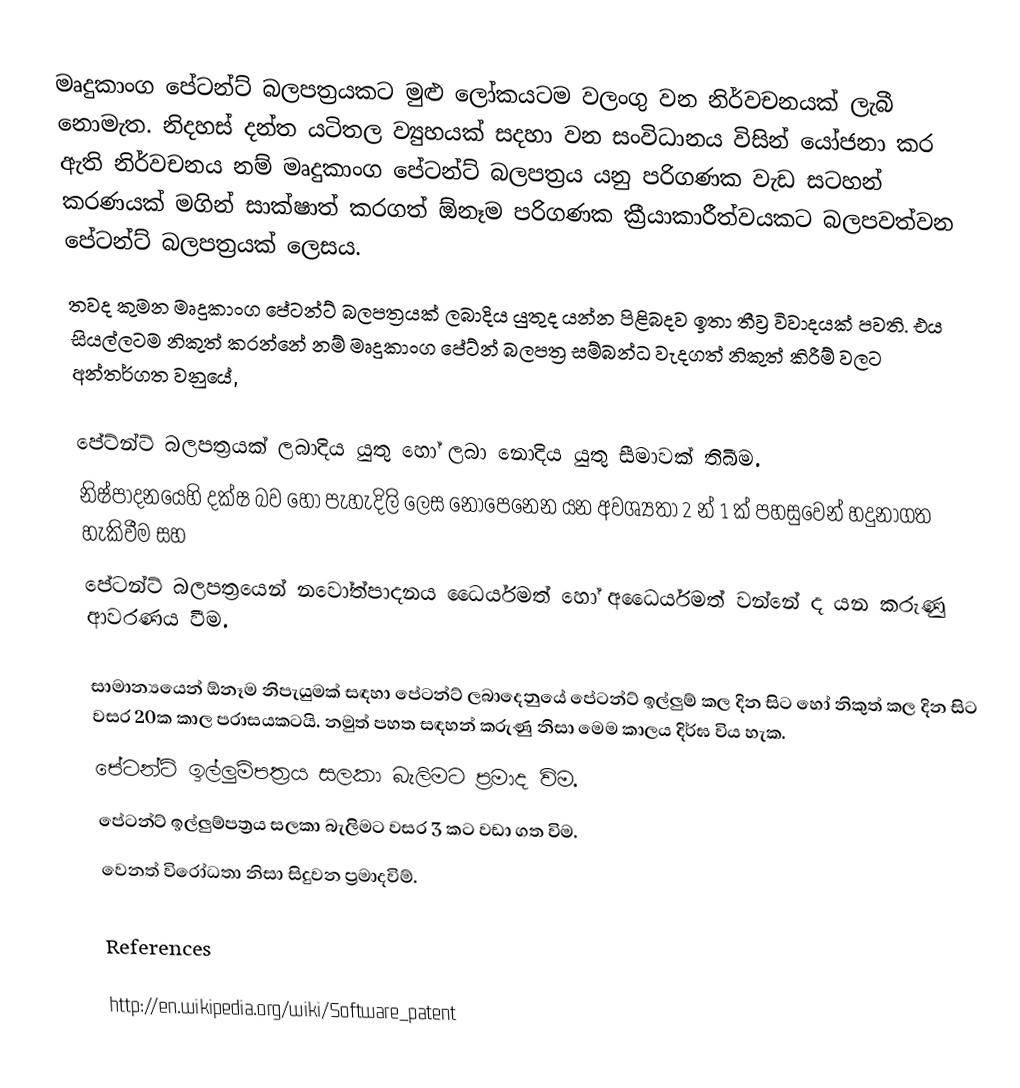
මෘදුකාංග පේටන්ට් බලපත්‍රයකට මුළු ලෝකයටම වලංගු වන නිර්වචනයක් ලැබී නොමැත. නිදහස් දන්ත යටිතල ව්‍යුහයක් සදහා වන සංවිධානය විසින් යෝජනා කර ඇති නිර්වචනය නම් මෘදුකාංග පේටන්ට් බලපත්‍රය යනු පරිගණක වැඩ සටහන් කරණයක් මගින් සාක්ෂාත් කරගත් ඕනෑම පරිගණක ක්‍රීයාකාරීත්වයකට බලපවත්වන පේටන්ට් බලපත්‍රයක් ලෙසය.
තවද කුමන මෘදුකාංග පේටන්ට් බලපත්‍රයක් ලබාදිය යුතුද යන්න පිළිබදව ඉතා තීව්‍ර විවාදයක් පවති. එය සියල්ලටම නිකුත් කරන්නේ නම් මෘදුකාංග පේට්න් බලපත්‍ර සම්බන්ධ වැදගත් නිකුත් කිරීම් වලට අන්තර්ගත වනුයේ,

පේට්න්ට් බලපත්‍රයක් ලබාදිය යුතු හෝ ලබා නොදිය යුතු සීමාවක් තිබීම.
නිෂ්පාදනයෙහි දක්ෂ බව හෝ පැහැදිලි ලෙස නොපෙනෙන යන අවශ්‍යතා 2 න් 1 ක් පහසුවෙන් හදුනාගත හැකිවීම සහ
පේටන්ට් බලපත්‍රයෙන් නවෝත්පාදනය ධෛර්යමත් හෝ අධෛර්යමත් වන්නේ ද යන කරුණු ආවරණය වීම.

සාමාන්‍යයෙන් ඕනෑම නිපැයුමක් සඳහා පේටන්ට් ලබාදෙනුයේ පේටන්ට් ඉල්ලුම් කල දින සිට හෝ නිකුත් කල දින සිට වසර 20ක කාල පරාසයකටයි. නමුත් පහත සඳහන් කරුණු නිසා මෙම කාලය දිර්ඝ විය හැක.
පේටන්ට් ඉල්ලුම්පත්‍රය සලකා බැලිමට ප්‍රමාද විම.
පේටන්ට් ඉල්ලුම්පත්‍රය සලකා බැලිමට වසර 3 කට වඩා ගත විම.
වෙනත් විරෝධතා නිසා සිදුවන ප්‍රමාදවිම්.

References

http://en.wikipedia.org/wiki/Software_patent